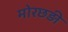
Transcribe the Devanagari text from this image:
मोरछड़ी